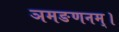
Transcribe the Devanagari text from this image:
ञमङणनम्।